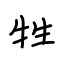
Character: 牲